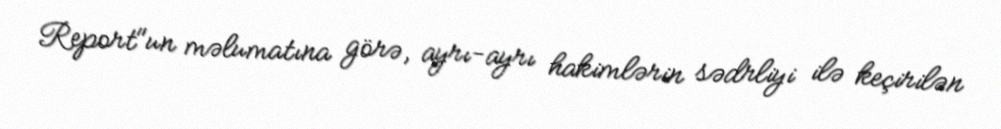
Report"un məlumatına görə, ayrı-ayrı hakimlərin sədrliyi ilə keçirilən